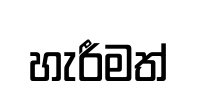
හැරීමත්